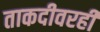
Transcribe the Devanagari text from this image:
ताकदीवरही